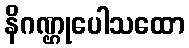
နိဂဏ္ဌုပေါသထော